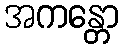
အကန္တော